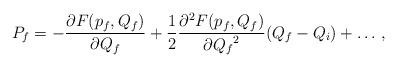
LaTeX: \begin{align*}P_f = - \frac{ \partial F ( p_f , Q_f )}{ \partial Q_f }+ \frac{1}{2} \frac{ \partial^2 F( p_f, Q_f ) }{ \partial {Q_f}^2}( Q_f - Q_i ) + \ldots \, ,\end{align*}